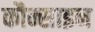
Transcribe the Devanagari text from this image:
कौन्साइन